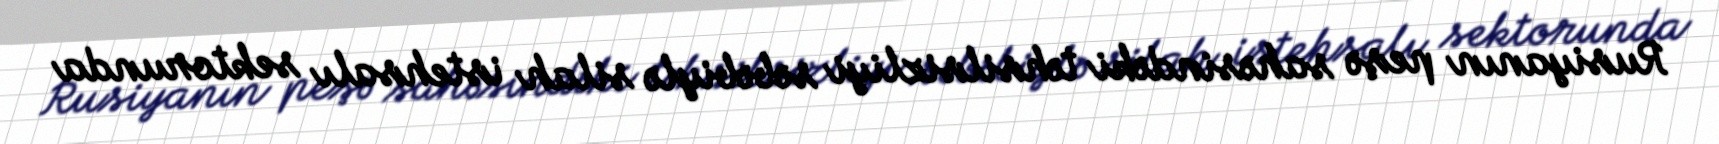
Rusiyanın peşə sahəsindəki təhsilsizliyi səbəbiylə silah istehsalı sektorunda